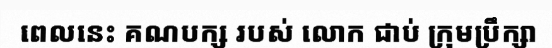
ពេលនេះ គណបក្ស របស់ លោក ជាប់ ក្រុមប្រឹក្សា